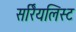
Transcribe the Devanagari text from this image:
सर्रियलिस्ट